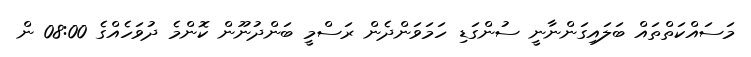
މަސައްކަތްތައް ބަލައިގަންނާނީ ސުންގަޑި ހަމަވަންދެން ރަސްމީ ބަންދުނޫން ކޮންމެ ދުވަހެއްގެ 08:00 ން